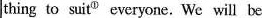
|thing to suit^{①}everyone. Wc will be